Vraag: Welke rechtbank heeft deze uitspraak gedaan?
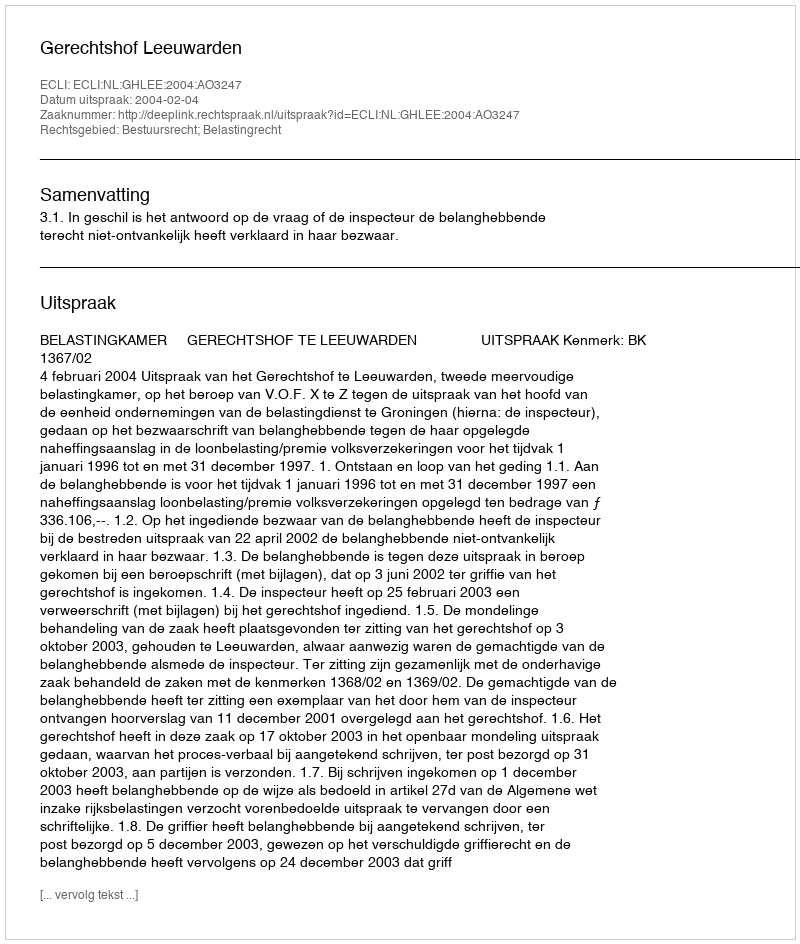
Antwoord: Gerechtshof Leeuwarden